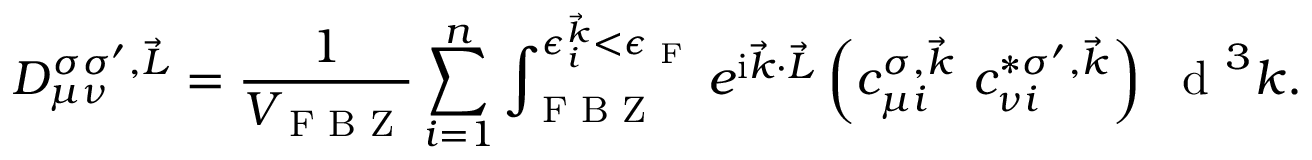
D _ { \mu \nu } ^ { \sigma \sigma ^ { \prime } , \vec { L } } = \frac { 1 } { V _ { \textrm { F B Z } } } \sum _ { i = 1 } ^ { n } \int _ { \textrm { F B Z } } ^ { \epsilon _ { i } ^ { \vec { k } } < \epsilon _ { \textrm { F } } } e ^ { \mathrm { i } \vec { k } \cdot \vec { L } } \left( c _ { \mu i } ^ { \sigma , \vec { k } } ~ c _ { \nu i } ^ { * \sigma ^ { \prime } , \vec { k } } \right) ~ \textrm { d } ^ { 3 } k .